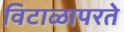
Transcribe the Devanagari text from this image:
विटाळापरते